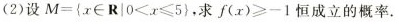
(2)设 $$M = { x\in Z \mid 0 < x ≤ 5 }$$，求$$f ( x ) ≥ - 1$$恒成立的概率.